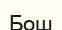
Бош